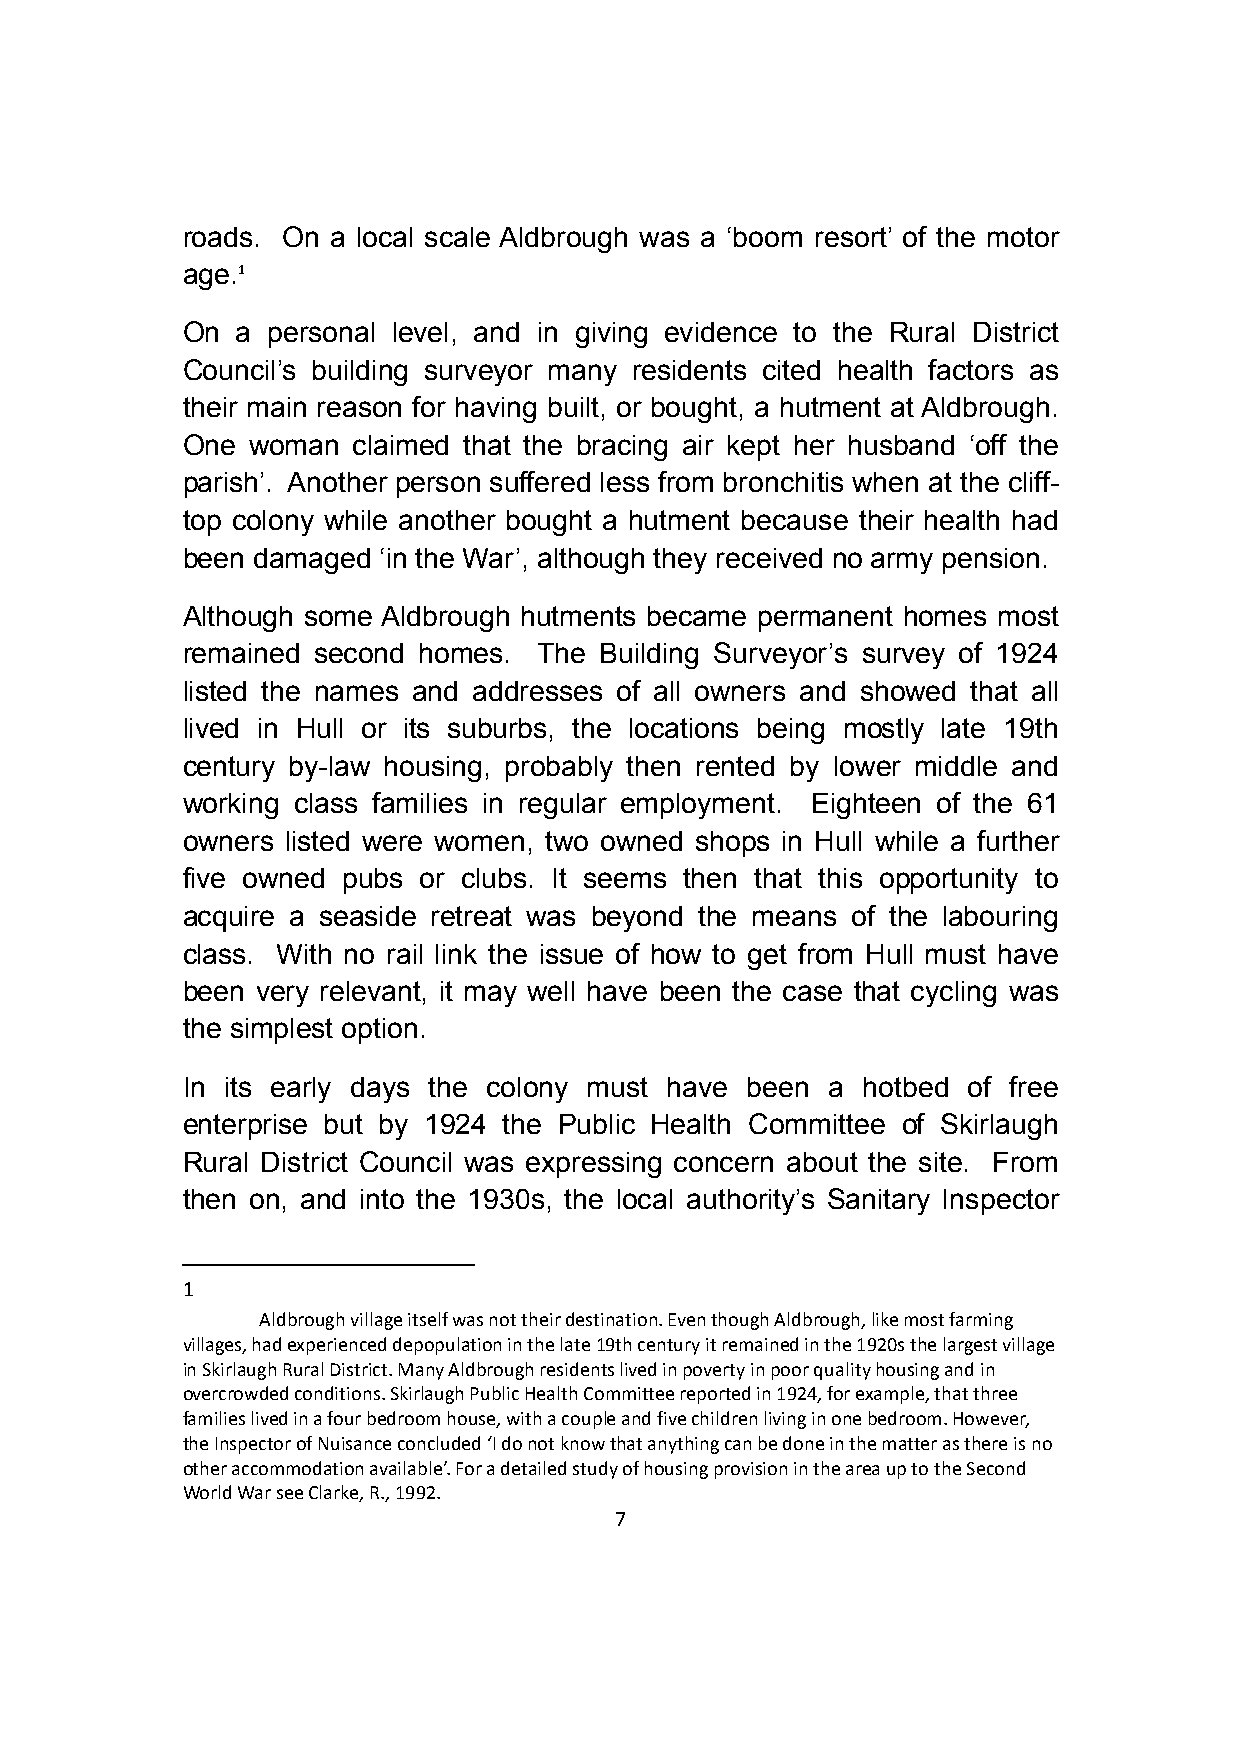
roads. On a local scale Aldbrough was a ‘boom resort’ of the motor
 age.1
 On  a personal level, and in giving evidence to the Rural District
 Council’s building surveyor many residents cited health factors as
 their main reason for having built, or bought, a hutment at Aldbrough.
 One  woman claimed that the bracing air kept her husband ‘off the
 parish’. Another person suffered less from bronchitis when at the cliff-
 top colony while another bought a hutment because their health had
 been damaged ‘in the War’, although they received no army pension.
 Although some Aldbrough hutments became permanent homes most
 remained second homes.  The Building Surveyor’s survey of 1924
 listed the names and addresses of all owners and showed that all
 lived in Hull or its suburbs, the locations being mostly late 19th
 century by-law housing, probably then rented by lower middle and
 working class families in regular employment. Eighteen of the 61
 owners listed were women, two owned shops in Hull while a further
 five owned pubs or clubs. It seems then that this opportunity to
 acquire a seaside retreat was beyond the means of the labouring
 class. With no rail link the issue of how to get from Hull must have
 been very relevant, it may well have been the case that cycling was
 the simplest option.
 In its early days the colony must have been a hotbed of free
 enterprise but by 1924 the Public Health Committee of Skirlaugh
 Rural District Council was expressing concern about the site. From
 then on, and into the 1930s, the local authority’s Sanitary Inspector
 1
 Aldbrough village itself was not their destination. Even though Aldbrough, like most farming
 villages, had experienced depopulation in the late 19th century it remained in the 1920s the largest village
 in Skirlaugh Rural District. Many Aldbrough residents lived in poverty in poor quality housing and in
 overcrowded conditions. Skirlaugh Public Health Committee reported in 1924, for example, that three
 families lived in a four bedroom house, with a couple and five children living in one bedroom. However,
 the Inspector of Nuisance concluded ‘I do not know that anything can be done in the matter as there is no
 other accommodation available’. For a detailed study of housing provision in the area up to the Second
 World War see Clarke, R., 1992.., 1992.
 7